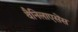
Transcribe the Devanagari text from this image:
वैनिलाएसेंस